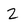
Character: z